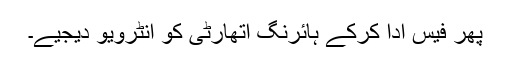
پھر فیس ادا کرکے ہائرنگ اتھارٹی کو انٹرویو دیجیے۔